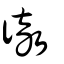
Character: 徹